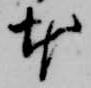
本